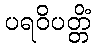
ပရဝိပတ္တိံ